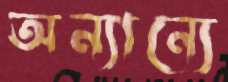
অন্যান্যে